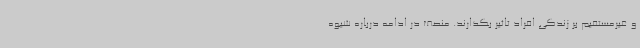
و غیرمستقیم بر زندگی افراد تاثیر بگذارند. منصف در ادامه درباره شیوه